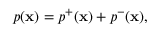
\begin{array} { r } { p ( { \bf x } ) = p ^ { + } ( { \bf x } ) + p ^ { - } ( { \bf x } ) , } \end{array}